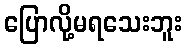
ပြောလို့မရသေးဘူး